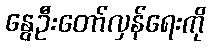
နွေဦးတော်လှန်ရေးကို